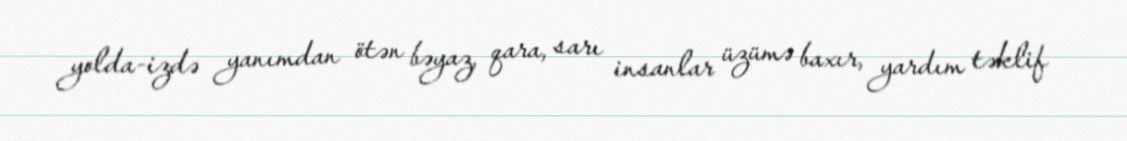
yolda-izdə yanımdan ötən bəyaz, qara, sarı insanlar üzümə baxır, yardım təklif